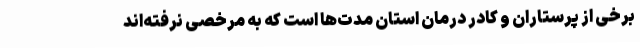
برخی از پرستاران و کادر درمان استان مدت‌ها است که به مرخصی نرفته‌اند